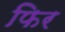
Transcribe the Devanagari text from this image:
फिर